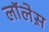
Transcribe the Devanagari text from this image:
लाॅलेस़